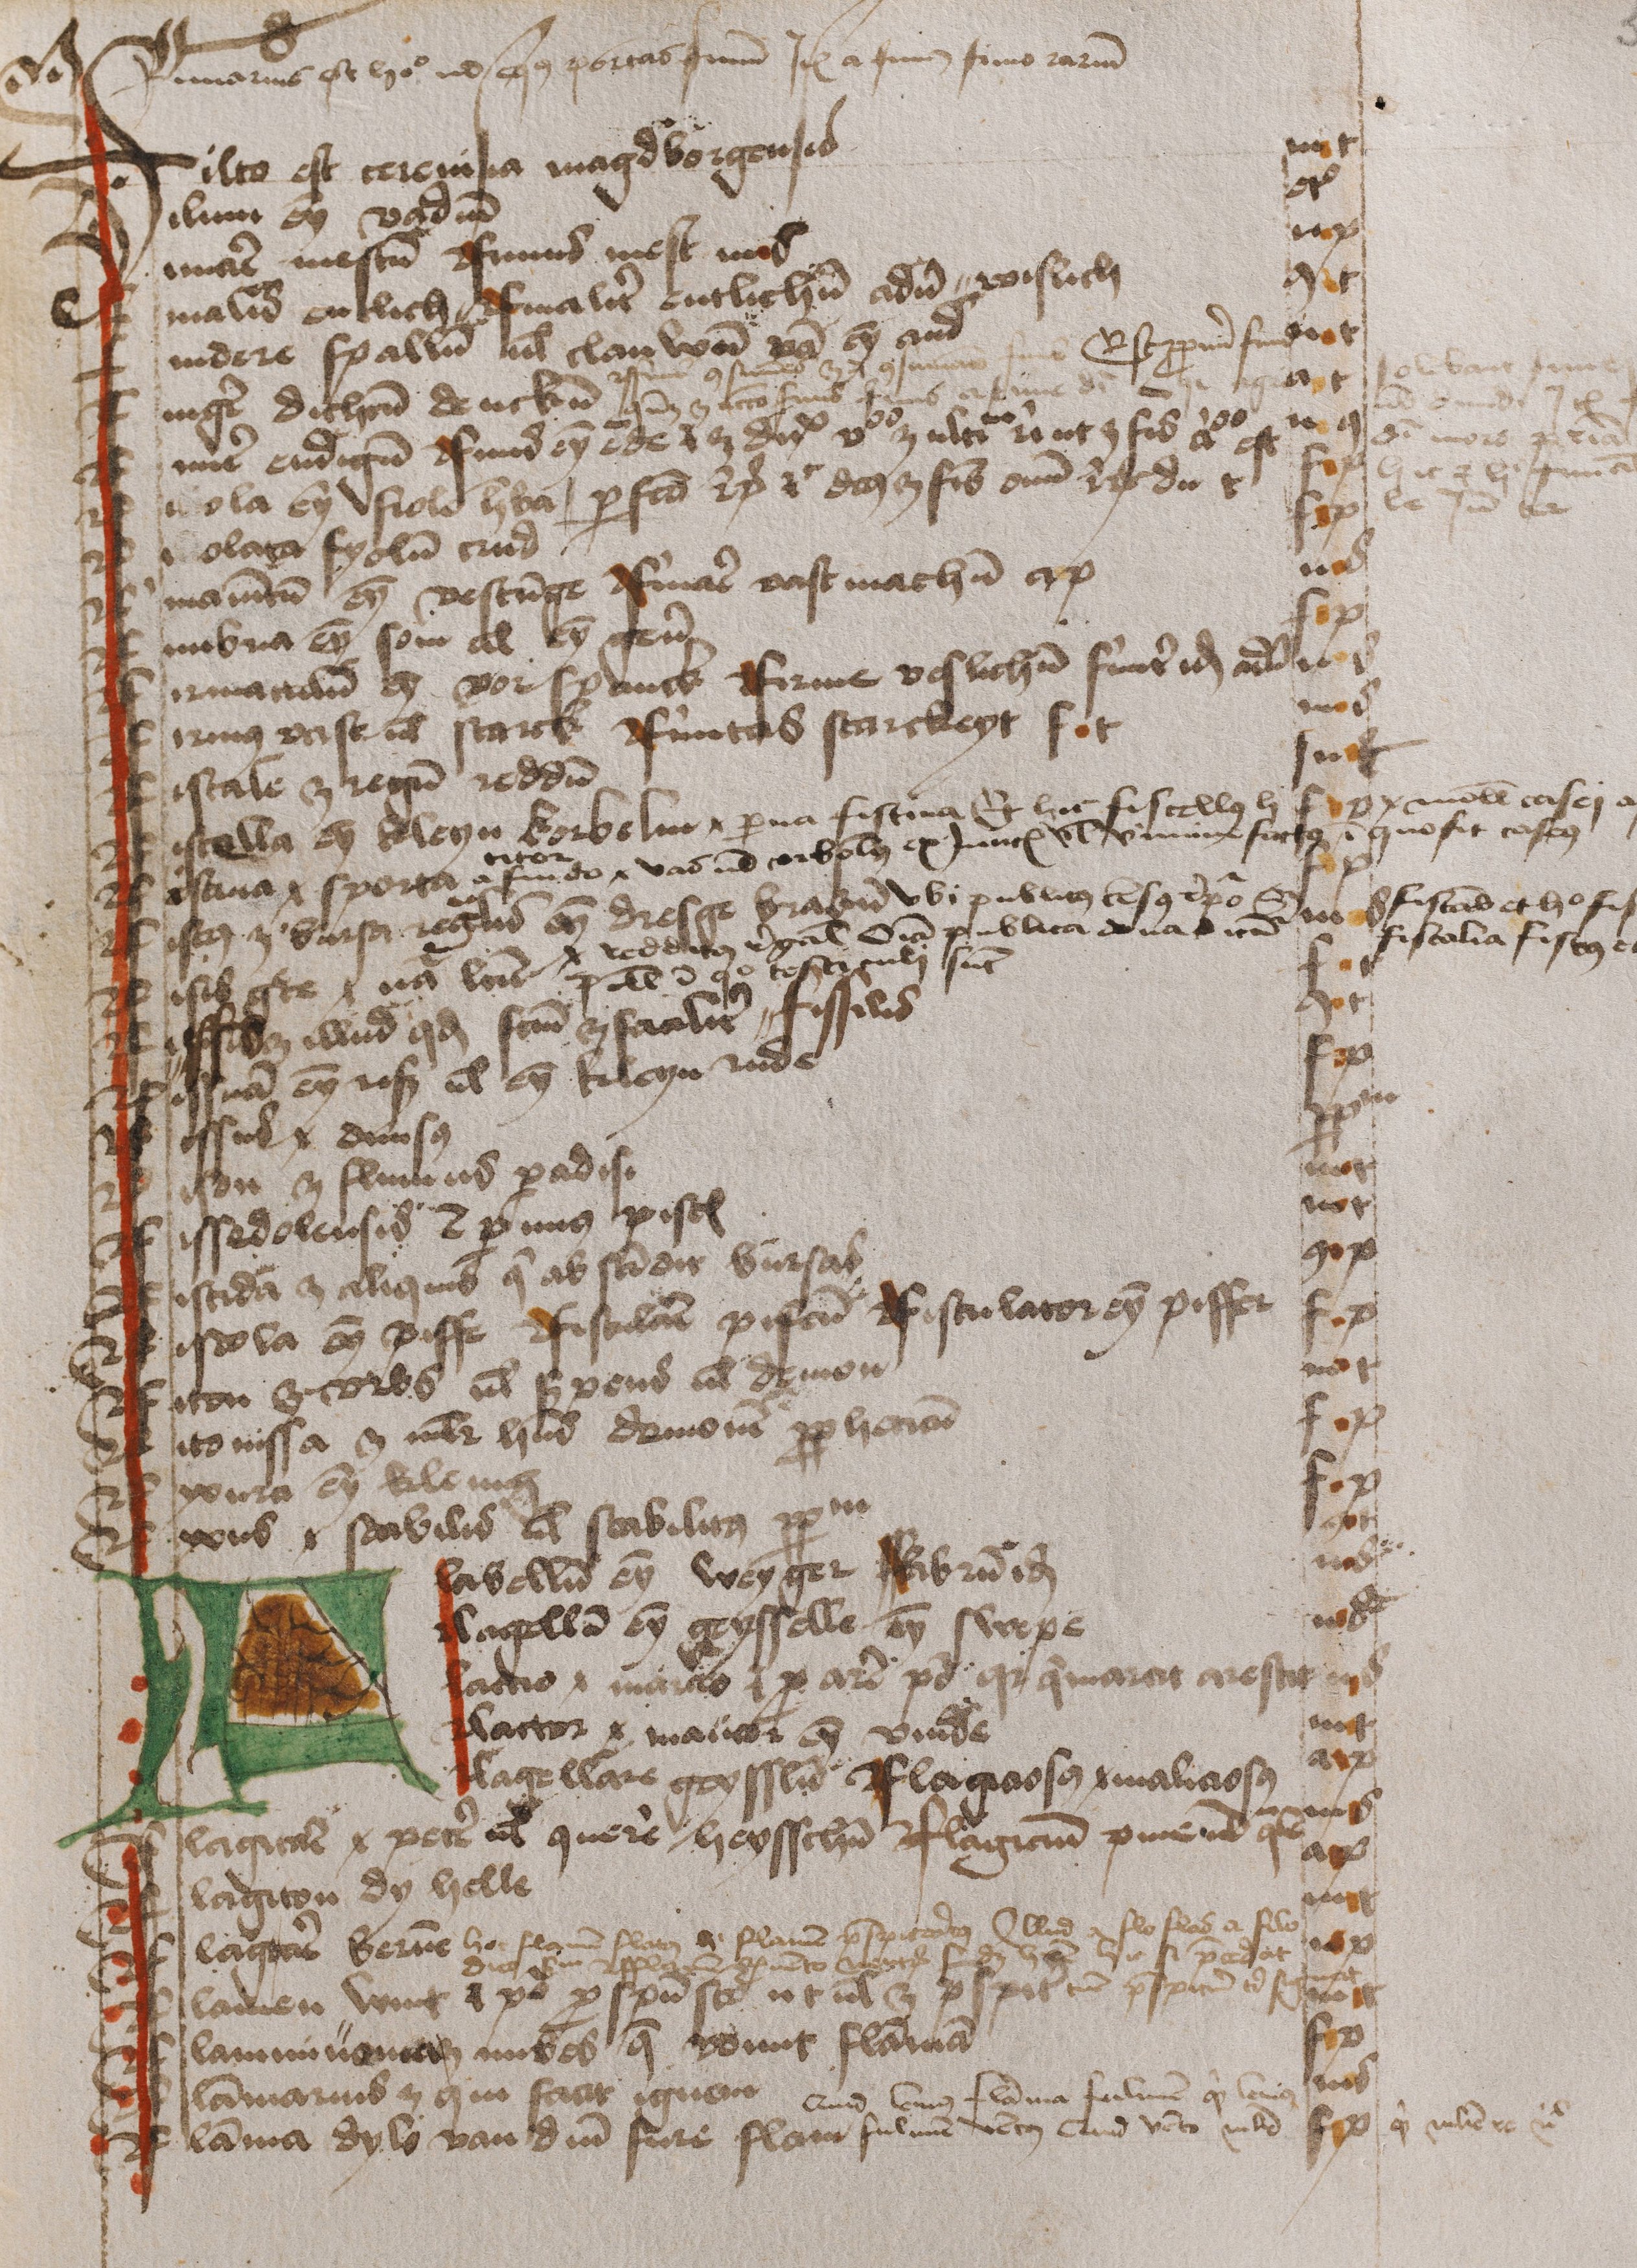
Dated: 1474–1474